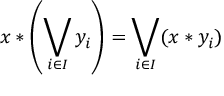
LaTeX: x * \left( \bigvee _ { i \in I } { y _ { i } } \right) = \bigvee _ { i \in I } ( x * y _ { i } )